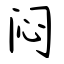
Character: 闷